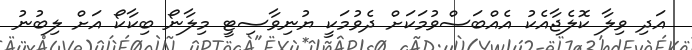
އަދި ވިލާ ކޮލެޖާއެކު އެއްބަސްވުމަކަށް ދެވުމަކީ ޔުނިވާސިޓީ މިލާނޯ ބިކާކޯ އަށް ލިބުނު